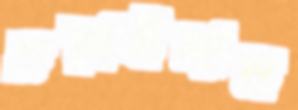
চড়াইলাম